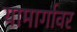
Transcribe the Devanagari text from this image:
यामार्गावर